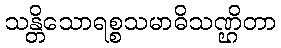
သန္တိသောရစ္စသမာဓိသဏ္ဌိတာ